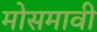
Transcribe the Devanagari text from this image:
मोसमावी